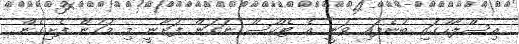
އިސްލާހުގައި ބުނެފައި ވަނީ އެ ޓެކްސް ނަގަން ފަށާނީ މި މަހުން ފެށިގެން